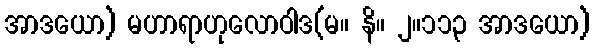
အာဒယော) မဟာရာဟုလောဝါဒ(မ။ နိ။ ၂။၁၁၃ အာဒယော)